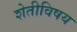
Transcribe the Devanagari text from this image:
शेतीविषय